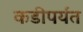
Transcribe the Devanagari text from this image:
कडीपर्यंत